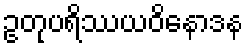
ဥတုပရိဿယဝိနောဒန